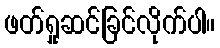
ဖတ်ရှုဆင်ခြင်လိုက်ပါ။